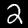
Label: 2